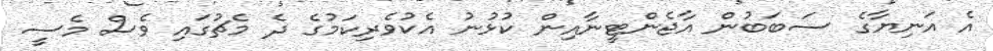
އެ އަނިޔާގެ ސަބަބުން އާޖެންޓީނާއިން ކުޅުނު އެކުވެރިކަމުގެ ދެ މެޗުގައި ވެސް މެސީ